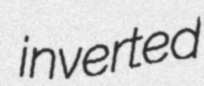
inverted